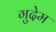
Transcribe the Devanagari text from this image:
गुदेम